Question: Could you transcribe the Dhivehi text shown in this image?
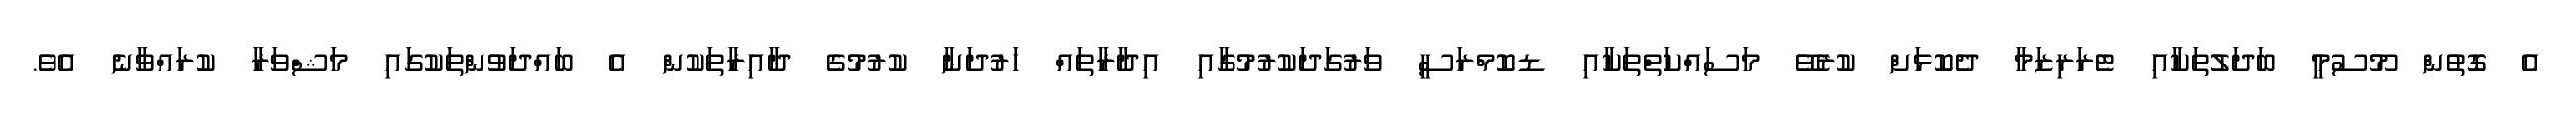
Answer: އެ ގޮތުން މޫސުމީ ބަދަލުތަކާއި ޓެރަރިޒަމާ ދެކޮޅަށް ކުރެވޭ މަސައްކަތްތަކާއި ޑކޮމްރަސީ ވަރުގަދަކުރުމުގާއި އިދާރާތައް ހަރުދަނާ ކުރުމުގެ ދާއިރާތަކުން އެ ބައްދަވުންތަކުގައި މަޝްވަރާ ކުރައްވާނެ އެވެ.